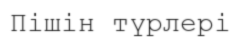
Пішін түрлері